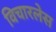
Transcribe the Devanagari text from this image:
विचारलेस